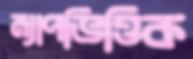
ম্যাপভিত্তিক